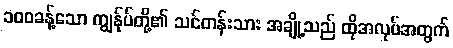
၁၀၀ခန့်သော ကျွန်ုပ်တို့၏ သင်တန်းသား အချို့သည် ထိုအလုပ်အတွက်